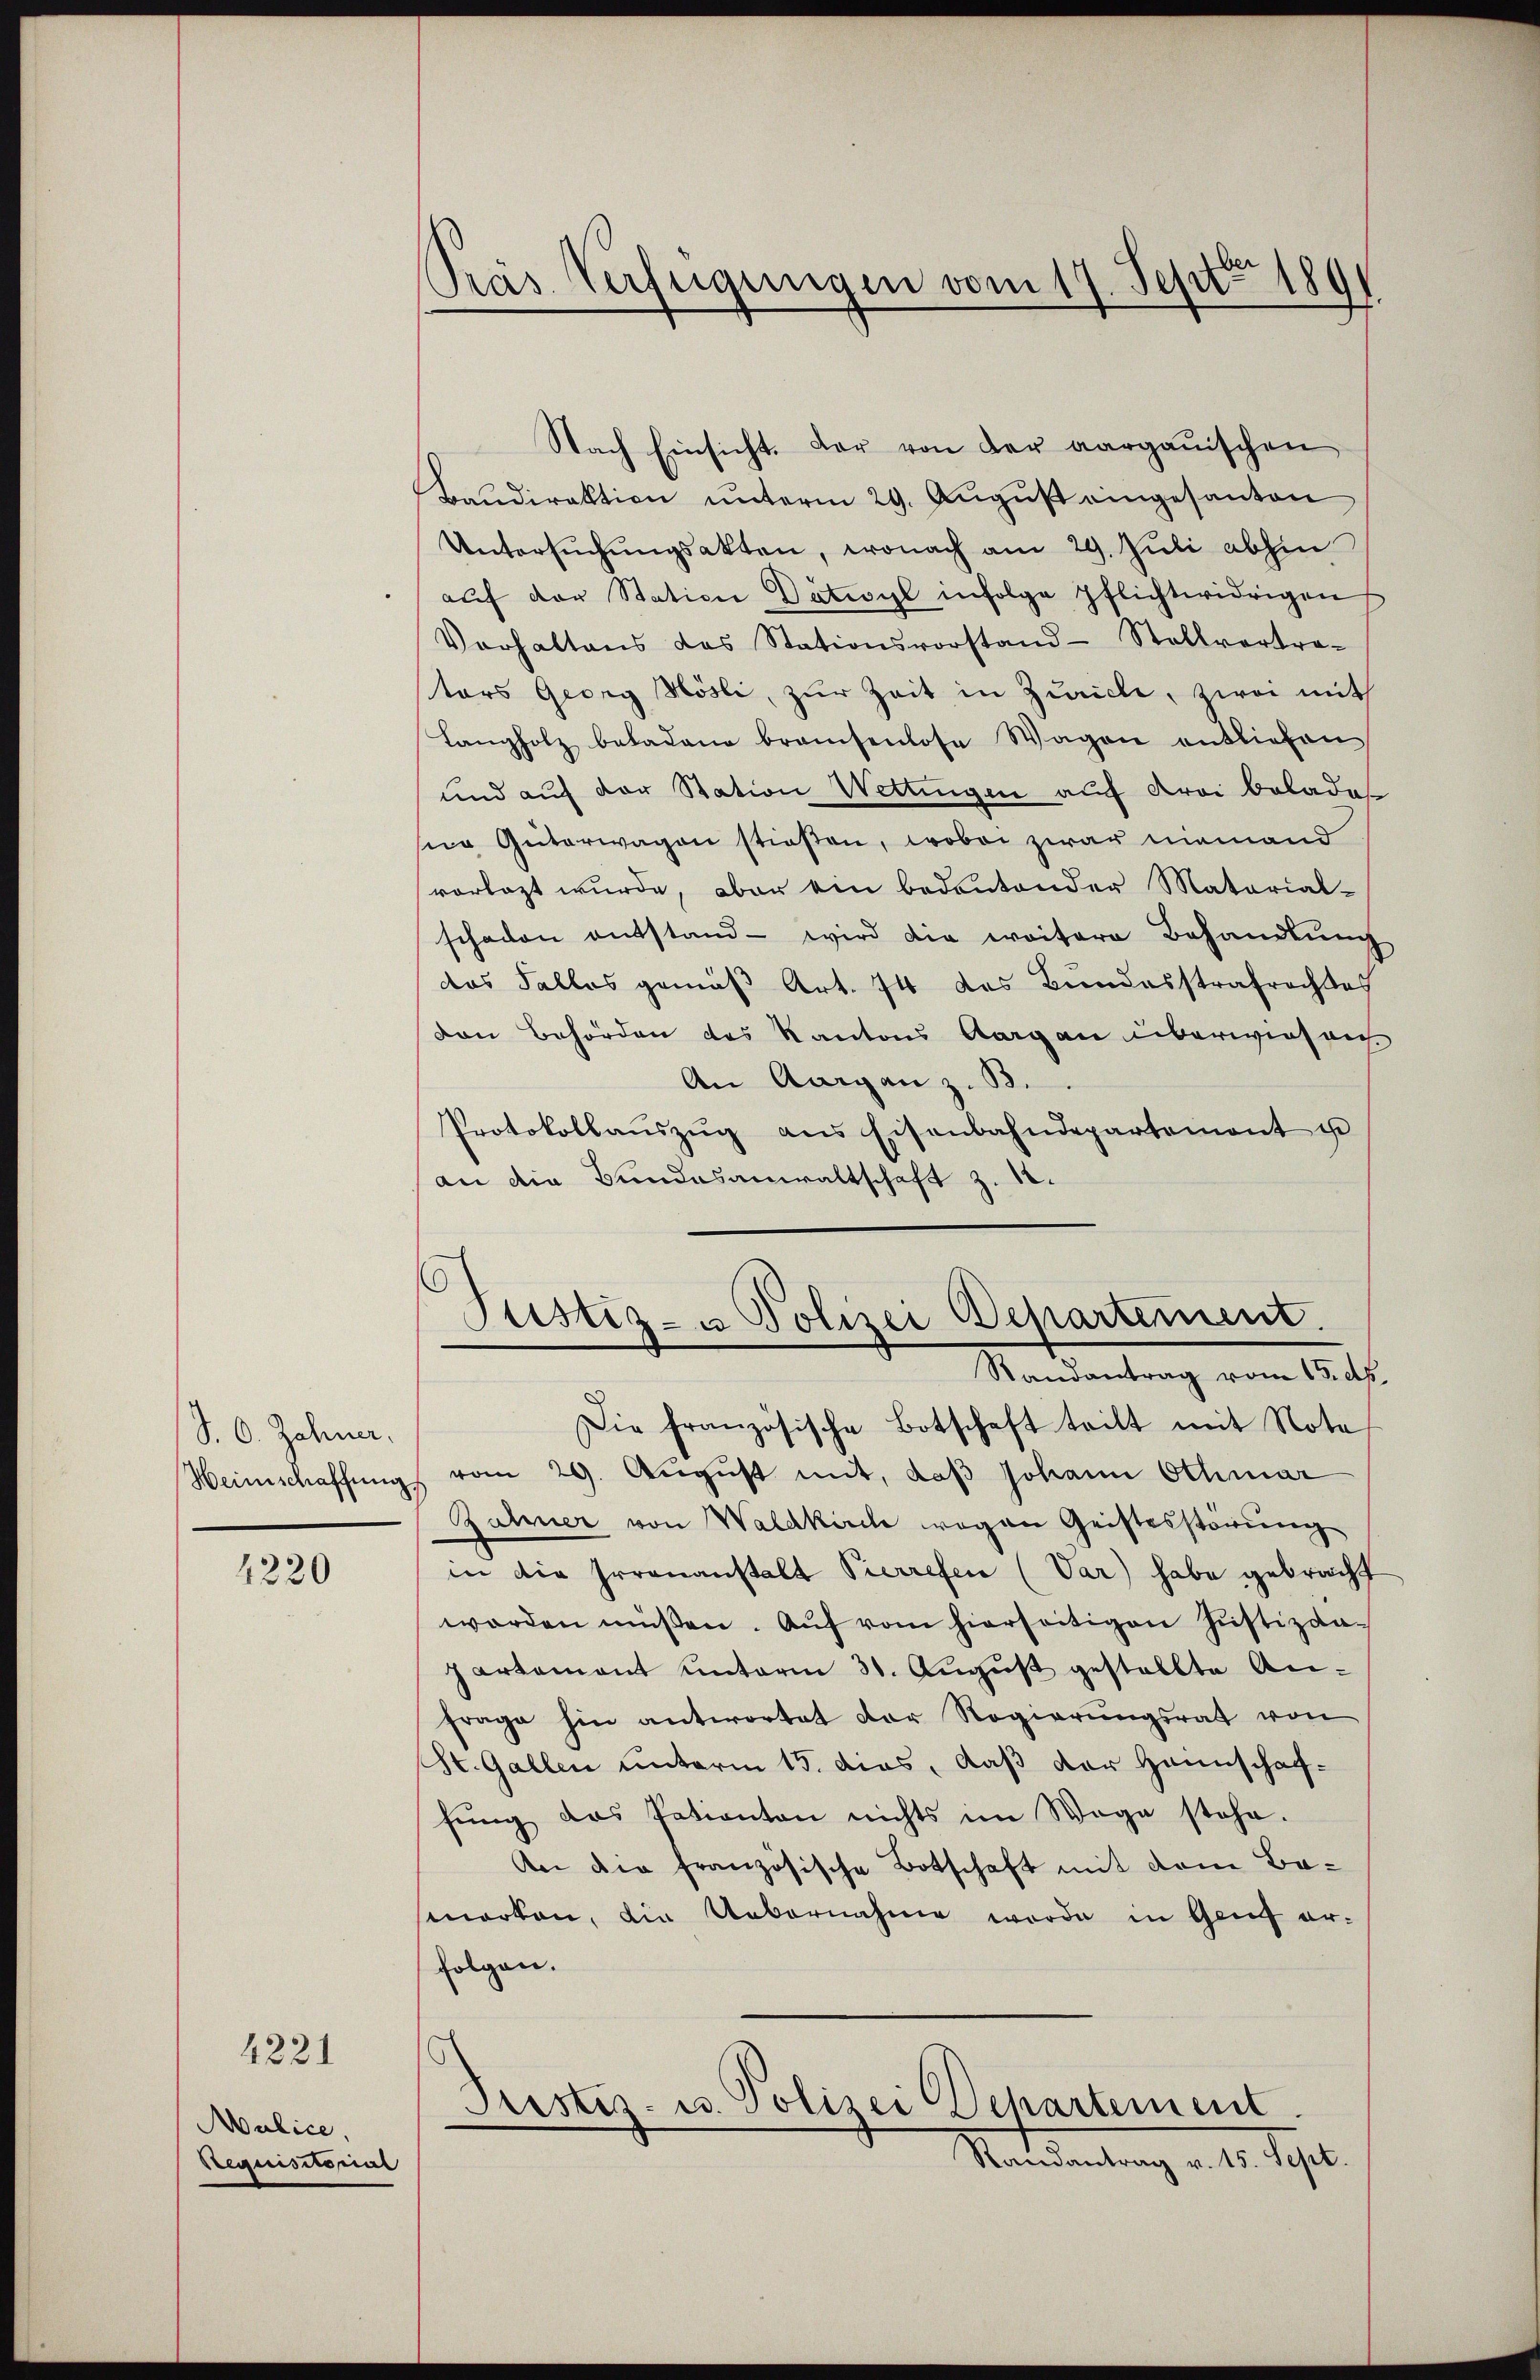
S. O. Zahner.
Heimschaffung

1220

4221

Mulice.
Requisitorial

Pras Verfügungen vom 17. Sept. 189

Justiz- u Polizei Departement.
Randantrag vom 15. dh.

Nach Einsicht. Der von der aargauischen
Bandirektion ŭnterm 29. Aŭgŭst eingesanten
Untersŭchŭngsakten, wonach am 29. Juli abhin
aŭf der Station Dativyl infolge pflichtwidrigen
Verhaltens das Stationsvorstand-Stellvertra-
tars Georg Hösli, zur Zeit in Zuricle, zwei mit
Langholz beladene brauchenlose Wagen entlieben
und auf der Station Wettingen auf drei beladet
siie Güterwagen stießen, wobei zwar niemand
vorlegt wurde, aber ein bedeutender Material-
schaden entstand - wird die weitere Behandlung
das Falles gemäß Art. 74 des Bundesstrafrechtes
von Behörden des Kantons Aargau überwiesen
An Aargau z. B.
Protokollaŭszŭg ans Eisenbahndepartemont i
an die Bundesanwaltschaft z. 12.

Die französische Botschaft teilt mit Nota
vom 29. August mit, daß Johann Othmar
Zähner von Waldkirch wegen Geistesstörung
in die Irrenanstalt Pierrefen (Var) habe gebracht
worden müßen. Aŭf vom hierseitigen Justizdapartement unterm 31. Aŭgŭst gestellte An-
frage hin anterortet der Regierungsrat von
St. Gallen unterm 15. dies, daß der Hannschaffŭng des Patienten nichts im Wege stehe.
An die französische Botschaft mit dem Bamarken, die Uebernahme werde in Genf erfolgen.

Pristiz- u. Polizei Departement.
Randantrag v. 15. Sept.